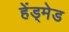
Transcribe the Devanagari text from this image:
हेंड्मेड